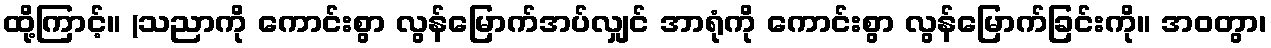
ထို့ကြာင့်။ (သညာကို ကောင်းစွာ လွန်မြောက်အပ်လျှင် အာရုံကို ကောင်းစွာ လွန်မြောက်ခြင်းကို။ အဝတွာ၊